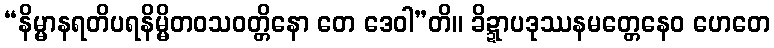
“နိမ္မာနရတိပရနိမ္မိတဝသဝတ္တိနော တေ ဒေဝါ”တိ။ ခိဍ္ဍာပဒုဿနမတ္တေနေဝ ဟေတေ